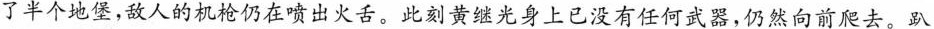
了半个地堡，敌人的机枪仍在喷出火舌。此刻黄继光身上已没有任何武器，仍然向前爬去。趴